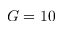
G = 1 0